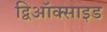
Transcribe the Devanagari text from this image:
द्विऑक्साइड